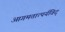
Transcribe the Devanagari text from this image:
आगमतात्पर्यविद्